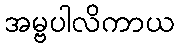
အမ္ဗပါလိကာယ